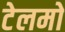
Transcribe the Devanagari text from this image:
टेलमो